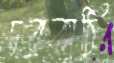
চরকাঠি